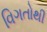
વિગતોથી